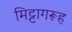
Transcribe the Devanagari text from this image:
मिट्टागरूह